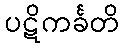
ပဋိကင်္ခတိ